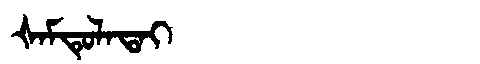
Manchu: ᡧᠠᠮᡨᡠᠯᠠᡨᠠᡳ
Romanization: ŠAMTULATAI